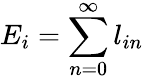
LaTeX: E_{i}=\sum_{n=0}^{\infty}l_{in}